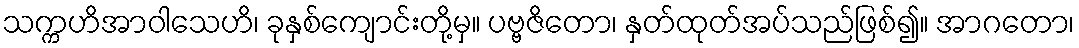
သက္ကဟိအာဝါသေဟိ၊ ခုနှစ်ကျောင်းတို့မှ။ ပဗ္ဗဇိတော၊ နှတ်ထုတ်အပ်သည်ဖြစ်၍။ အာဂတော၊